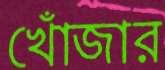
খোঁজার